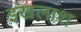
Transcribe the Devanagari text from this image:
इखलाश